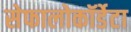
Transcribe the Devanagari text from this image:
सेफालोकॉर्डेटा